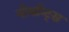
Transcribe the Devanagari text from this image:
नोर्थान्ट्स